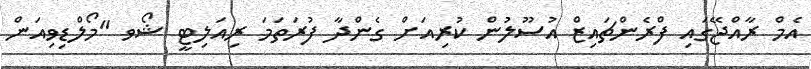
އެމް ރާއްޖޭގައި ފްރެންޗައިޒް އުސޫލުން ކުރިއަށް ގެންދާ ފުރަތަމަ ރިއަލިޓީ ޝޯވ "މޯލްޑިވިއަން